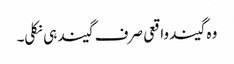
وہ گیند واقعی صرف گیند ہی نکلی۔